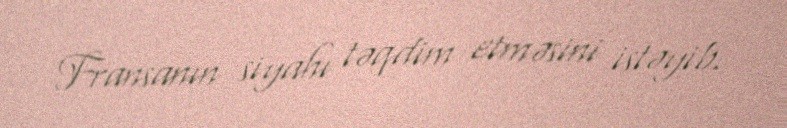
Fransanın siyahı təqdim etməsini istəyib.